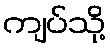
ကျပ်သို့